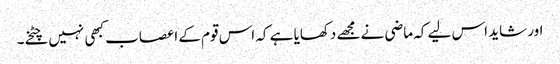
اور شاید اس لیے کہ ماضی نے مجھے دکھایا ہے کہ اس قوم کے اعصاب کبھی نہیں چٹخے۔